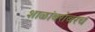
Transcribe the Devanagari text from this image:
शाळांबरोबरच